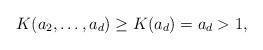
LaTeX: \begin{align*}K(a_2,\ldots,a_d)\geq K(a_d)=a_d>1, \end{align*}